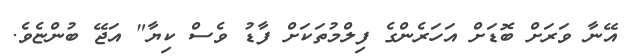
އޭނާ ވަރަށް ބޮޑަށް އަހަރެންގެ ފިލްމުތަކަށް ފާޑު ވެސް ކިޔާ" އަޖޭ ބުންޏެވެ.